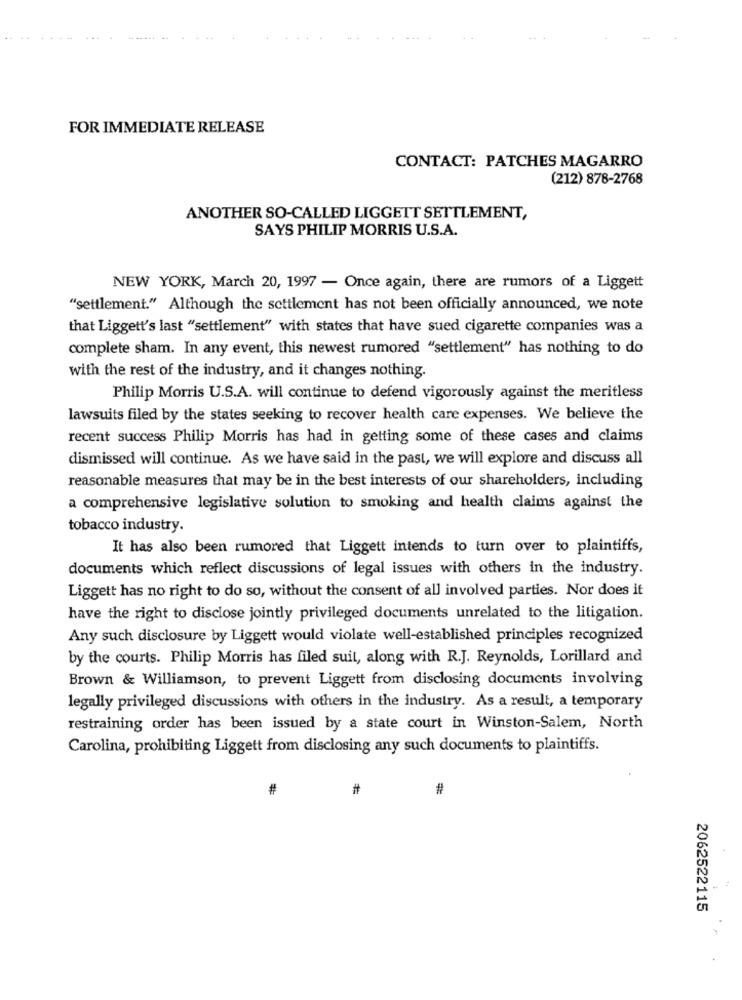
FOR IMMEDIATE RELEASE
CONTACT: PATCHES MAGARRO
(212) 878-2768
ANOTHER SO-CALLED LIGGETT SETTLEMENT,
SAYS PHILIP MORRIS U.S.A.
NEW YORK, March 20, 1997 - Once again, there are rumors of a Liggett
"settlement." Although the settlement has not been officially announced, we note
that Liggett's last "settlement" with states that have sued cigarette companies was a
complete sham. In any event, this newest rumored "settlement" has nothing to do
with the rest of the industry, and it changes nothing.
Philip Morris U.S.A. will continue to defend vigorously against the meritless
lawsuits filed by the states seeking to recover health care expenses. We believe the
recent success Philip Morris has had in getting some of these cases and claims
dismissed will continue. As we have said in the past, we will explore and discuss all
reasonable measures that may be in the best interests of our shareholders, including
a comprehensive legislative solution to smoking and health claims against the
tobacco industry.
It has also been rumored that Liggett intends to turn over to plaintiffs,
documents which reflect discussions of legal issues with others in the industry.
Liggett has no right to do so, without the consent of all involved parties. Nor does it
have the right to disclose jointly privileged documents unrelated to the litigation.
Any such disclosure by Liggett would violate well-established principles recognized
by the courts. Philip Morris has filed suit, along with R.J. Reynolds, Lorillard and
Brown & Williamson, to prevent Liggett from disclosing documents involving
legally privileged discussions with others in the industry. As a result, a temporary
restraining order has been issued by a state court in Winston-Salem, North
Carolina, prohibiting Liggett from disclosing any such documents to plaintiffs.
#
#
#
2062522115